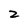
Character: 2